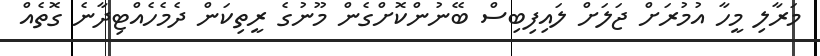
މަރާލި މީހާ އުމުރަށް ޖަލަށް ލައިފިބިސް ބޭނުންކޮށްގެން މޫނުގެ ރީތިކަން ދެމެހެއްޓިދާނެ ގޮތެއް